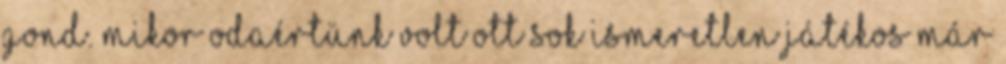
gond. Mikor odaértünk volt ott sok ismeretlen játékos már